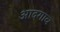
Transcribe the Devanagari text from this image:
आदगाव